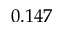
0 . 1 4 7